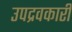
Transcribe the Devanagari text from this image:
उपद्रवकारी